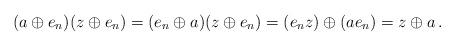
LaTeX: \begin{align*} (a\oplus e_n) (z\oplus e_n)=(e_n\oplus a) (z\oplus e_n)=(e_n z)\oplus (a e_n)=z\oplus a\, .\end{align*}